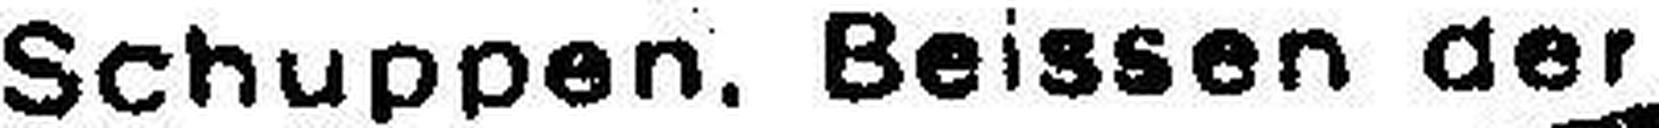
Schuppen. Beissen der